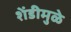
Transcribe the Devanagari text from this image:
शेंडीमुळे